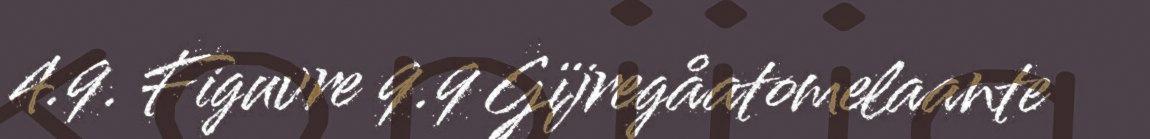
4.9. Figuvre 9.9 Gïjregåatomelaante